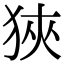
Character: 狹